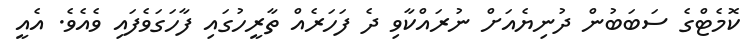
ކޮމެޓްގެ ސަބަބުން ދުނިޔެއަށް ނުރައްކާވި ދެ ފަހަރެއް ތާރީހުގައި ފާހަގަވެފައި ވެއެވެ. އެއީ